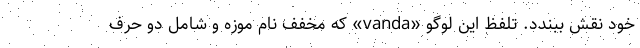
خود نقش ببندد. تلفظ این لوگو «vanda» که مخفف نام موزه و شامل دو حرف